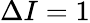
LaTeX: \Delta I=1